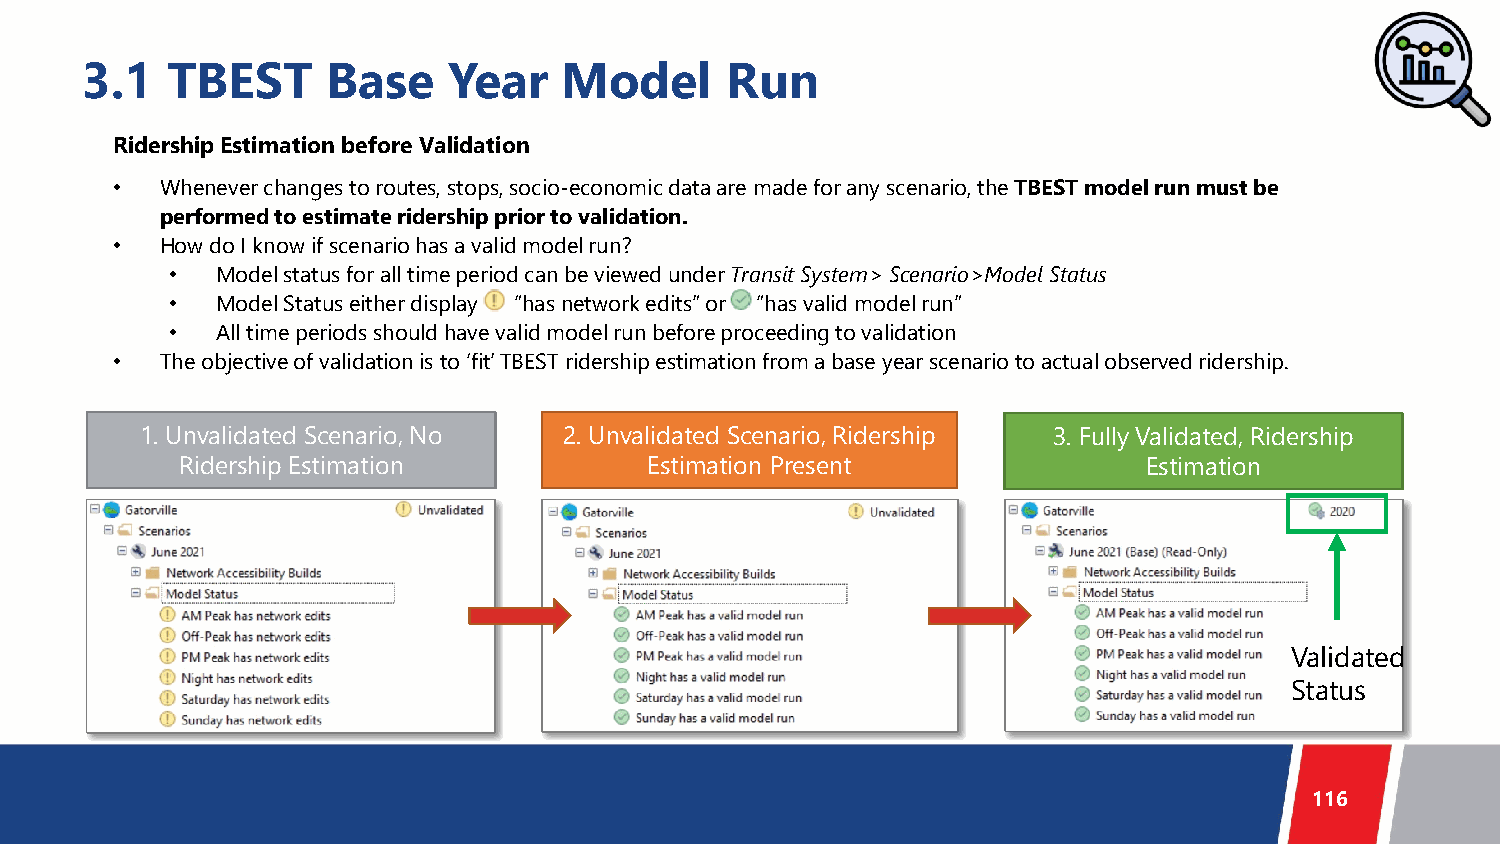
3.1   TBEST      Base    Year   Model      Run
 Ridership Estimation before Validation
 •   Whenever changes to routes, stops, socio-economic data are made for any scenario, the TBEST model run must be
 performed to estimate ridership prior to validation.
 •   How do I know if scenario has a valid model run?
 •  Model status for all time period can be viewed under Transit System> Scenario>Model Status
 •  Model Status either display “has network edits” or “has valid model run”
 •  All time periods should have valid model run before proceeding to validation
 •   The objective of validation is to ‘fit’ TBEST ridership estimation from a base year scenario to actual observed ridership.
 1. Unvalidated Scenario, No 2. Unvalidated Scenario, Ridership 3. Fully Validated, Ridership
 Ridership Estimation           Estimation Present               Estimation
 Validated
 Status
 116